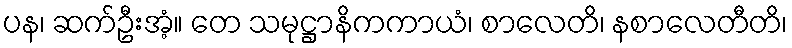
ပန၊ ဆက်ဦးအံ့။ တေ သမုဋ္ဌာနိကကာယံ၊ စာလေတိ၊ နစာလေတီတိ၊